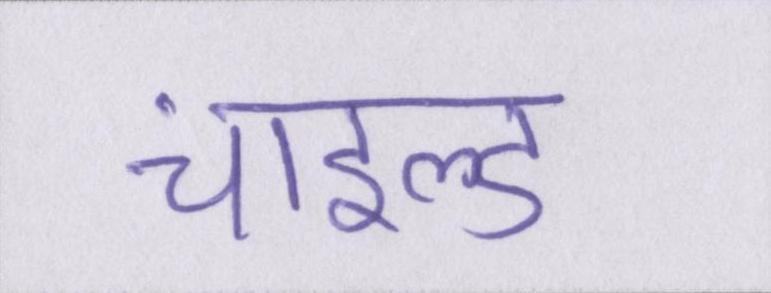
चाइल्ड